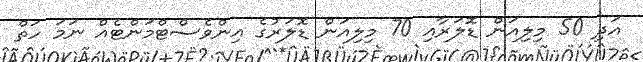
އަދި 50 މިލިއަން ޑޮލަރާއި 70 މިލިއަން ޑޮލަރުގެ އިންވެސްޓްމަންޓެއް ނަމަ ހަތް